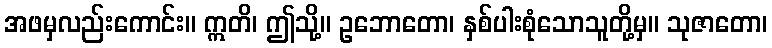
အဖမှလည်းကောင်း။ ဣတိ၊ ဤသို့။ ဥဘောတော၊ နှစ်ပါးစုံသောသူတို့မှ။ သုဇာတော၊